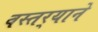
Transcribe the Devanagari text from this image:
वस्तर्‍याने